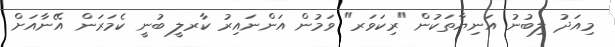
މިއަދު ލިބުނު އަނިޔާތަކުން "ރިކަވަރ" ވަމުން އަންނައިރު ކާރލީ ބުނީ ކެމަރަން އޭނާއަށް